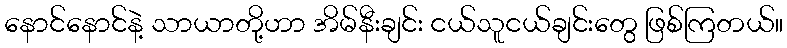
နောင်နောင်နဲ့ သာယာတို့ဟာ အိမ်နီးချင်း ငယ်သူငယ်ချင်းတွေ ဖြစ်ကြတယ်။